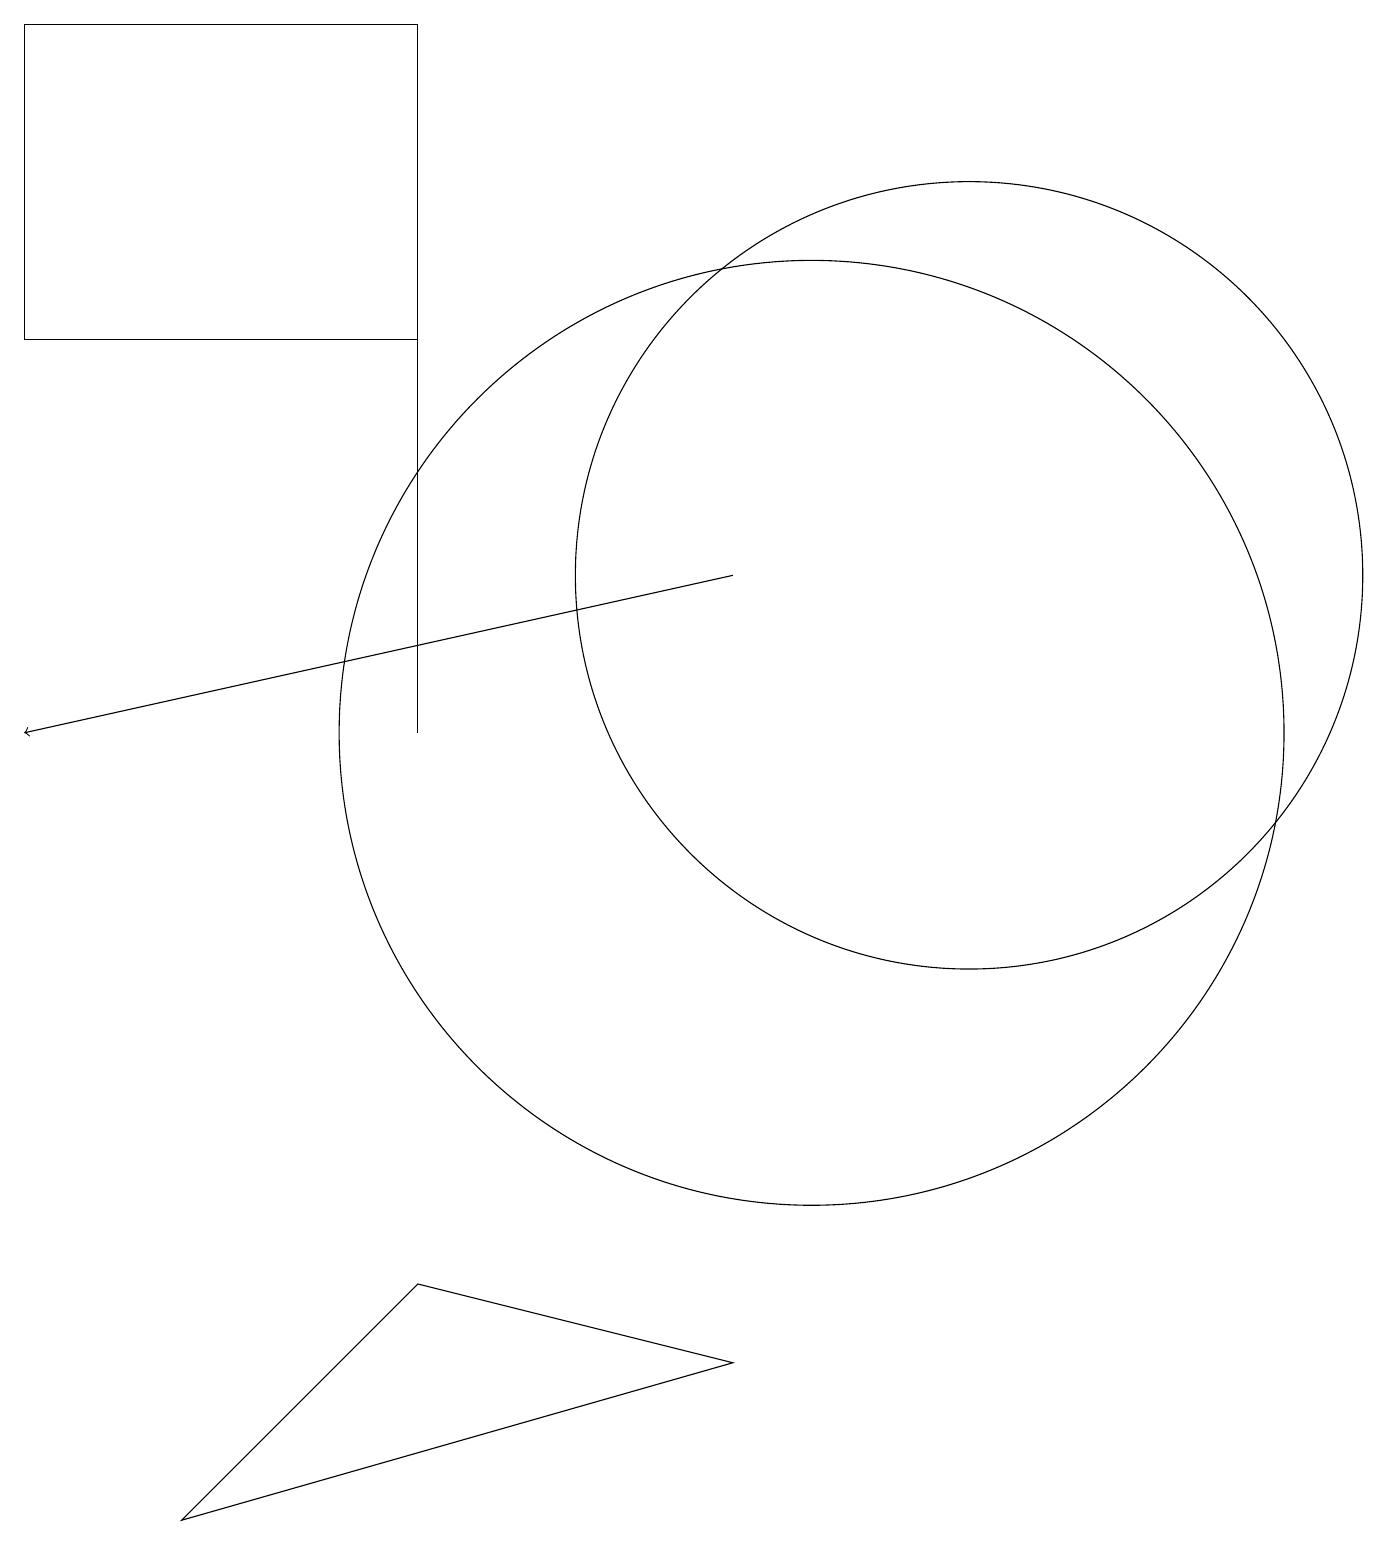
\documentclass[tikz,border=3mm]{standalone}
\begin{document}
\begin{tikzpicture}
\draw[->] (9,12) -- (0,10);
\draw (0,15) rectangle (5,19);
\draw (10,10) circle (6);
\draw (9,2) -- (2,0) -- (5,3) -- cycle;
\draw (5,19) rectangle (5,10);
\draw (12,12) circle (5);
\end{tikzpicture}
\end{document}